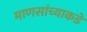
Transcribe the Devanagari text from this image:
माणसांच्याकडे